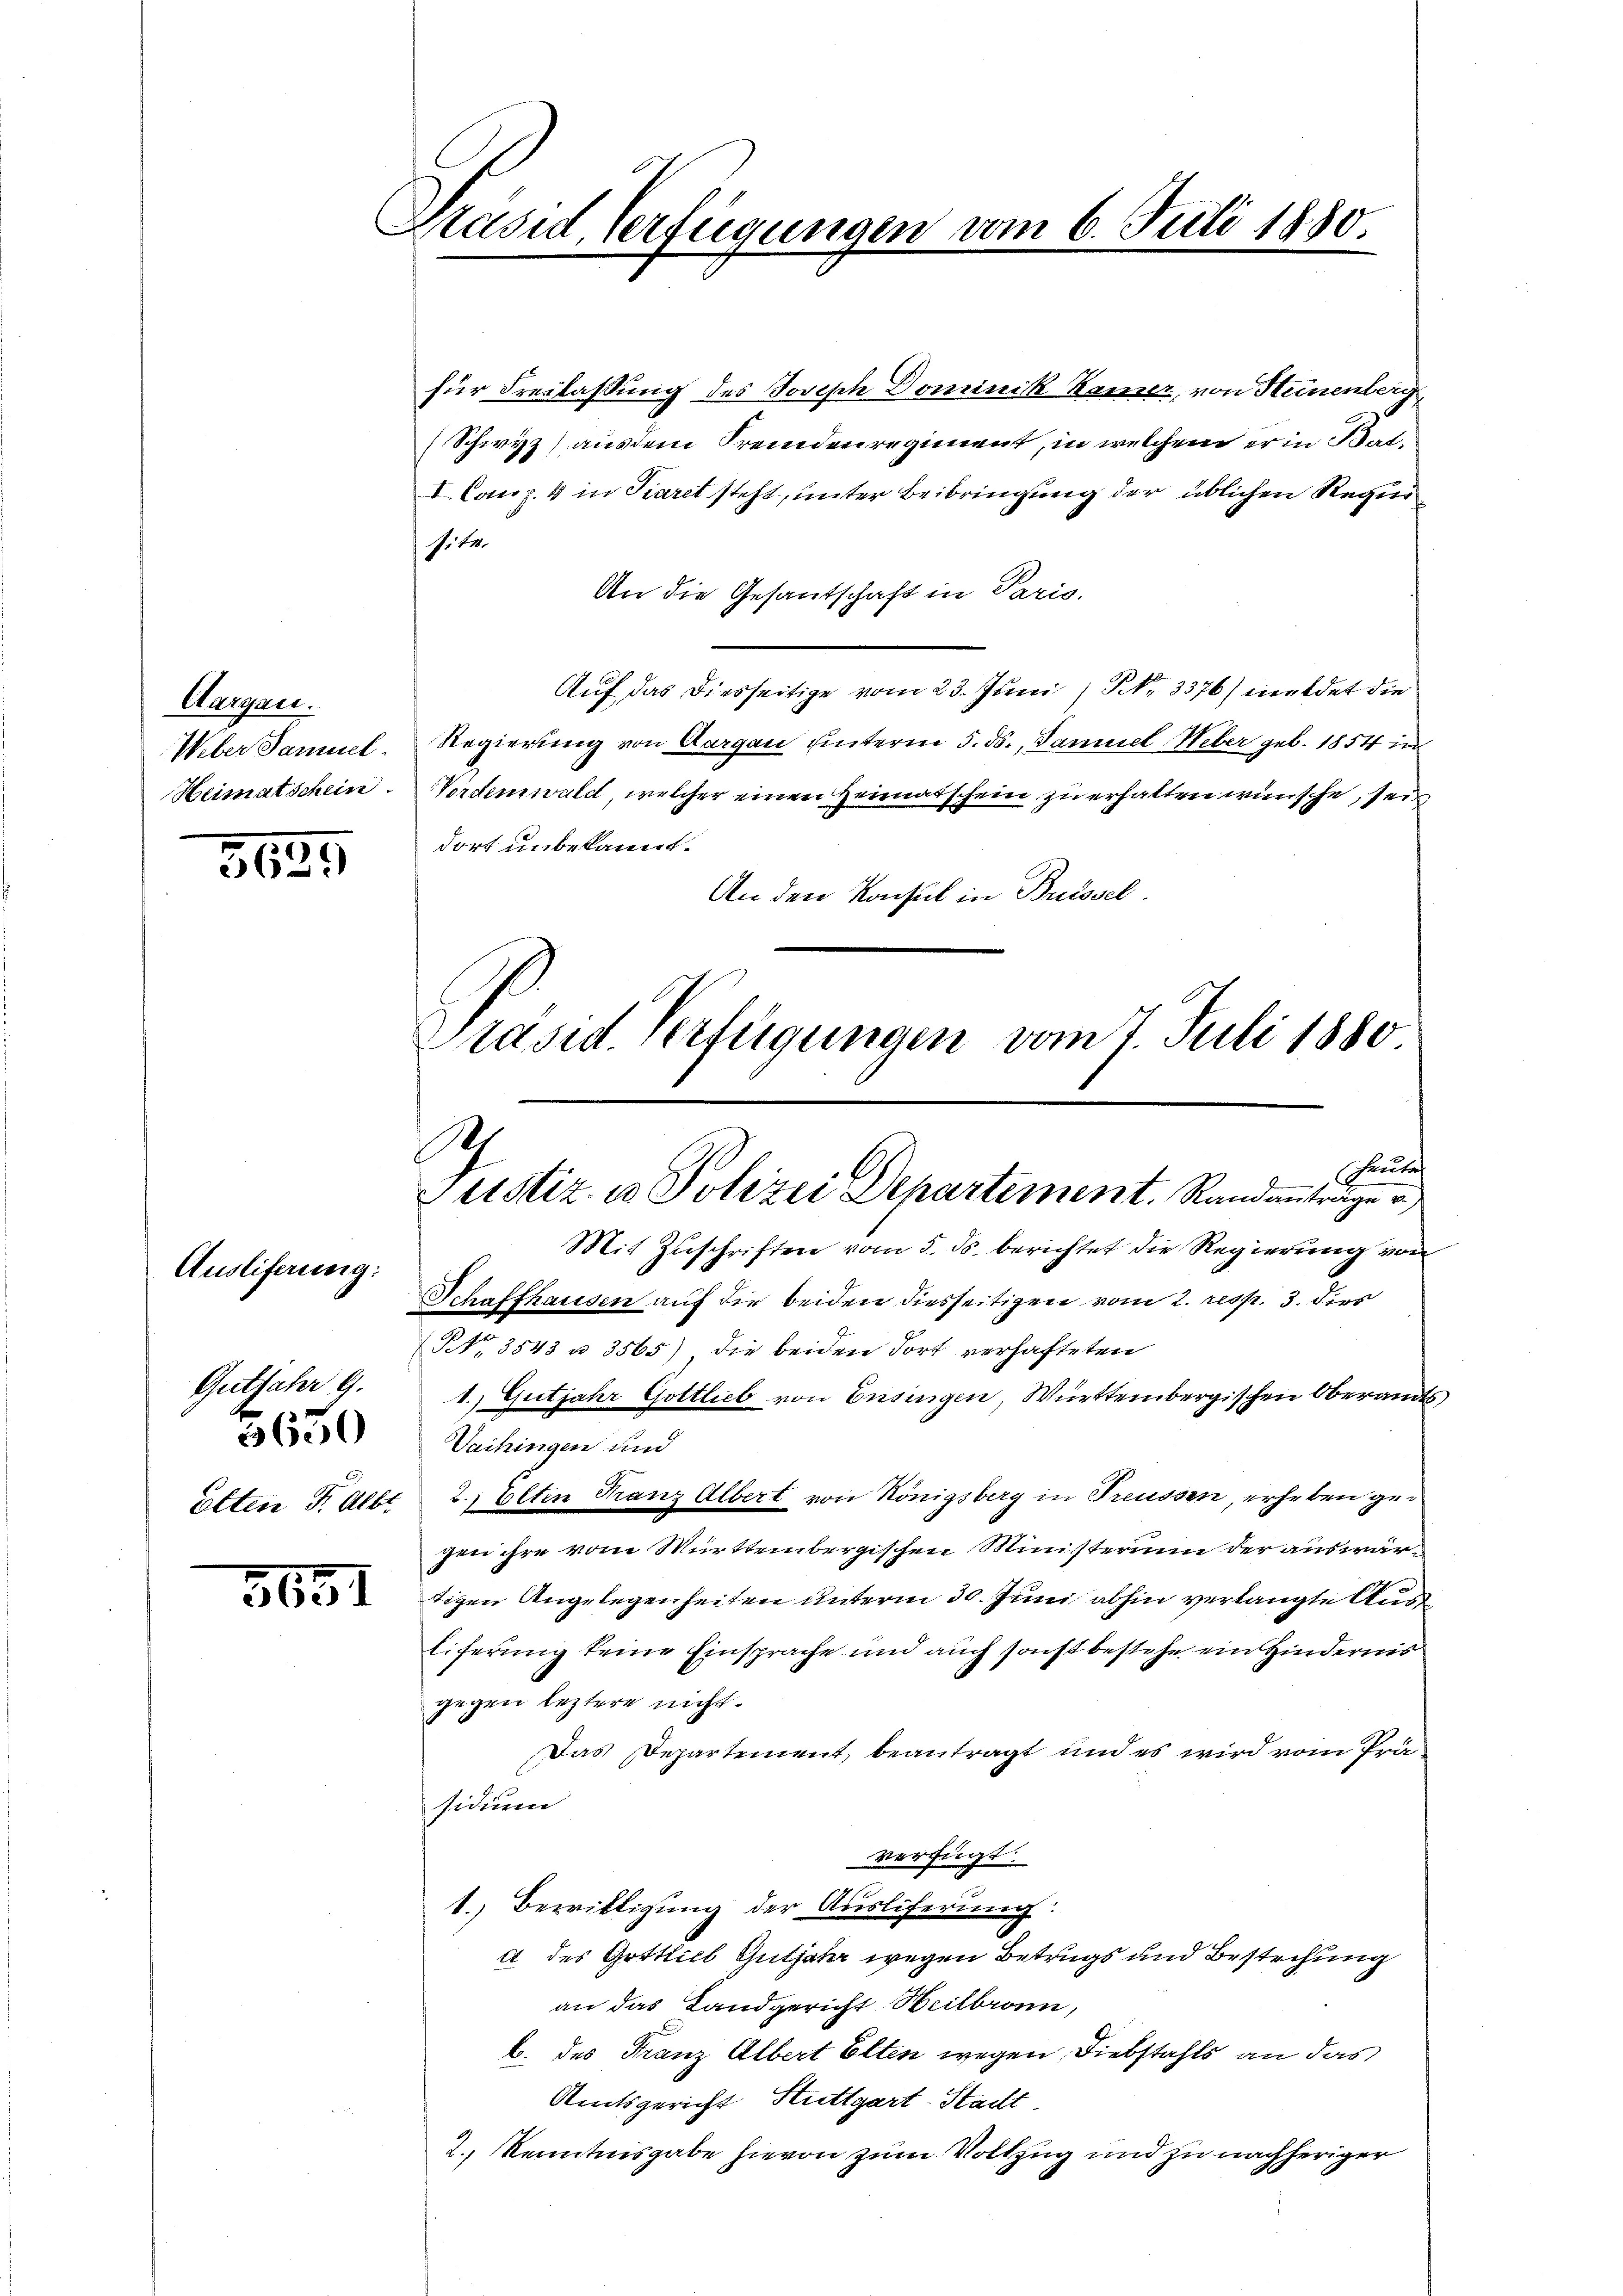
Aargau.
Weber Samuel.
Heimatschein

5625

Ausliferung:
Gutfahr 9.
5650
Etten Fr. Albt

5651

Präsid Verfügungen vom 6. Juli 1880

für Freilassung des Joseph Dominik Kamer, von Heinenberg
(Schwyz) ausdem Fremdenregiment, in welchem er in Bat-
I. Casp. 4 in Tieret steht, unter Beibringung der üblichen Requisitz.
An die Gesantschaft in Paris.
Auf das diesseitige vom 23. Juni 1) No 3376/ meldet die
Regierung von Aargau unterm 5. ds., Samuel Weber geb. 1854 in
Vordenswald, welcher einen Heimatschein zu erhalten wünsche, sei
dort unbekannt.
An den Konsul in Buissel.
Präsid. Verfügungen vom 7. Juli 1880

.
Freude
Justiz- u Polizei Departement. Randantrage v
Mit Zuschriften vom 5. ds. berichtet die Regierung von

Schaffhausen auf die beiden diesseitigen vom 2. resp. 3. dies
No. 3543 n 3565), die beiden dort verhafteten
1.) Gutjahr Gottlieb von Ensingen, Württembergischen Oberamts,
2.) Elten Franz Albert von Königsberg in Treussen, erheben gegen ihre vom Württembergischen Ministerum der auswärtizen Angelegenheiten unterm 30. Juni abhin verlangte Ausde
liferung keine Einsprache und auch sonst bestehe ein Hindernis
gegen leztere nicht.
Das Departement beantragt und es wird vom Präsidium
verfügt:
1. Bewilligung der Ausliferung:
A des Gottlich Gutjahr wegen Betrugs und Bestechung
an das Landgericht Heilbronn,
b. des Franz Albert Elten wegen Diebstahls an das
Amtsgericht Stuttgart-Stadt
2.) Kenntnisgabe hievon zum Vollzug und zu nachheriger

Vaihingen und